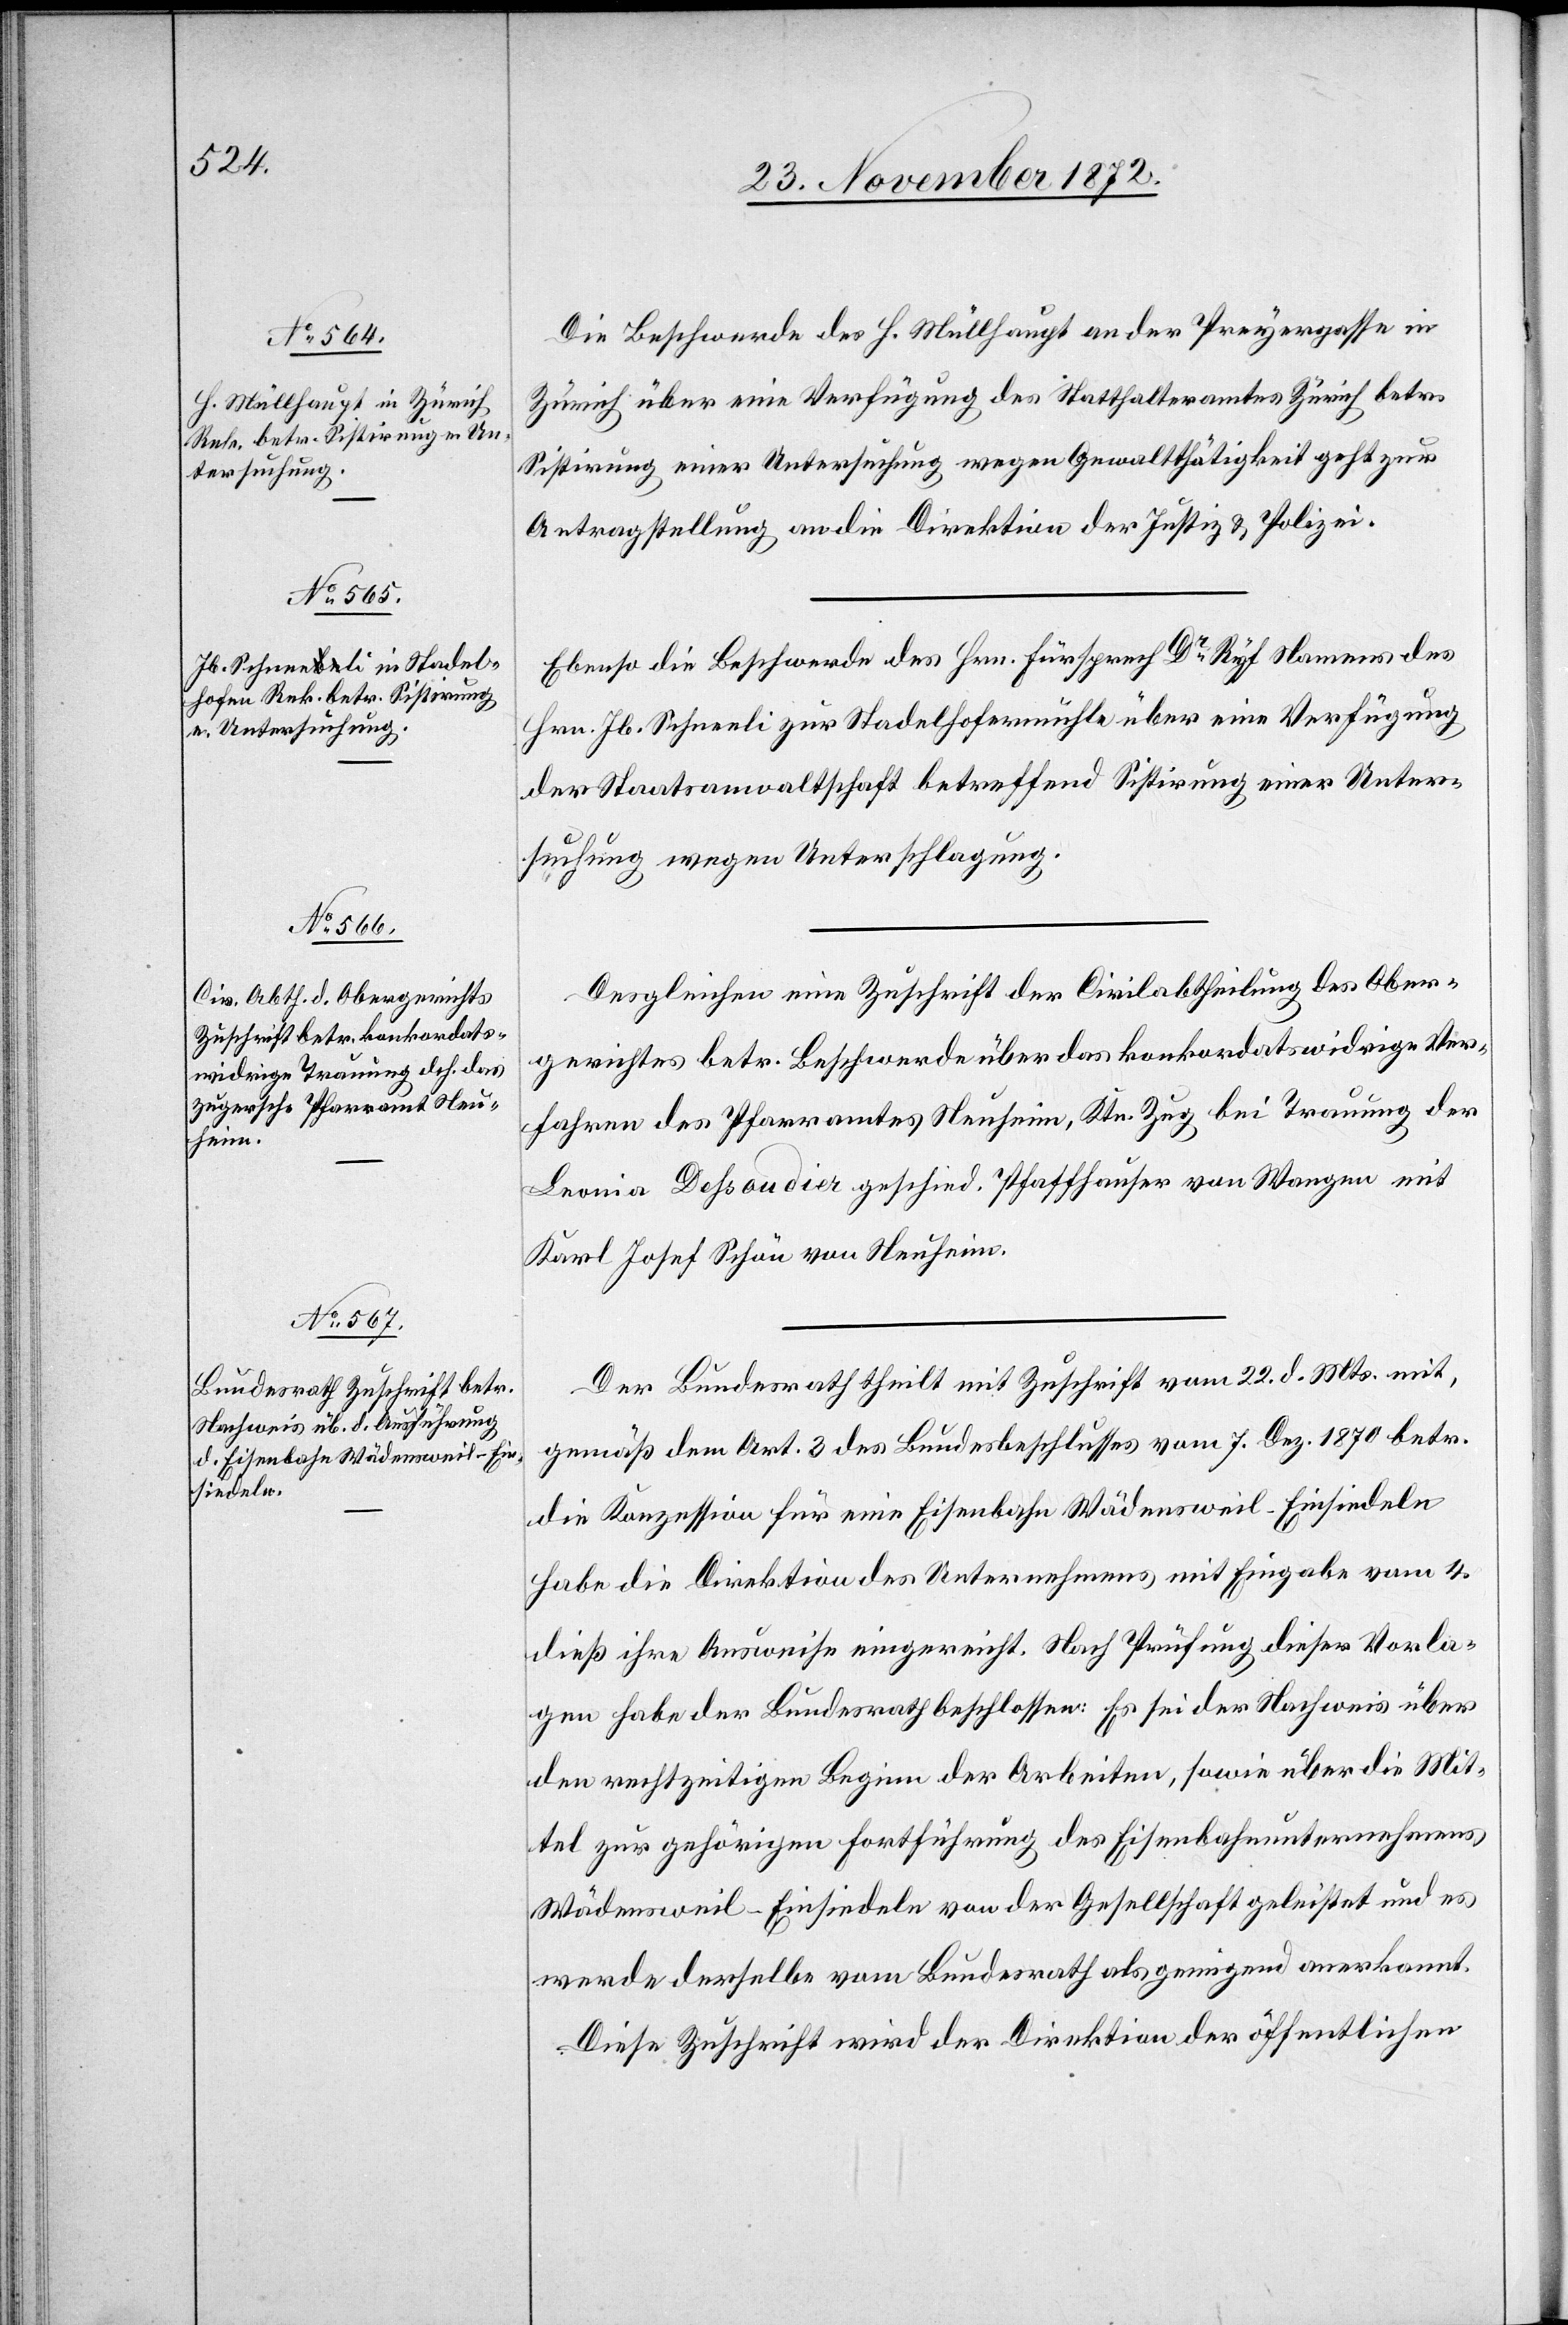
25. November 1872.]
Die Beschwerde des H. Müllhaupt an der Preyergasse in
Zürich über eine Verfügung des Statthalteramtes Zürich betr.
Sistirung einer Untersuchung wegen Gewaltthätigkeit geht zur
Antragstellung an die Direktion der Justiz u. Polizei.
Ebenso die Beschwerde des Hrn. Fürsprech Dr Ryf Namens des
Hrn. Jb. Schneeli zur Stadelhofermühle über eine Verfügung
der Staatsanwaltschaft betreffend Sistirung einer Unter¬
suchung wegen Unterschlagung.
Desgleichen eine Zuschrift der Civilabtheilung des Ober¬
gerichtes betr. Beschwerde über das konkordatswidrige Ver¬
fahren des Pfarramtes Neuheim, Ktn. Zug bei Trauung der
Leonia Dessaudier geschied. Pfaffhauser von Wangen mit
Karl Josef Schön von Neuheim.
Der Bundesrath theilt mit Zuschrift vom 22. d. Mts. mit,
gemäß dem Art. 3 des Bundesbeschlusses vom 7. Dez. 1870 betr.
die Konzession für eine Eisenbahn Wädensweil–Einsiedeln
habe die Direktion des Unternehmens mit Eingabe vom 4.
dieß ihre Ausweise eingereicht. Nach Prüfung dieser Vorla¬
gen habe der Bundesrath beschlossen: Es sei der Nachweis über
den rechtzeitigen Beginn der Arbeiten, sowie über die Mit¬
tel zur gehörigen Fortführung des Eisenbahnunternehmens
Wädensweil–Einsiedeln von der Gesellschaft geleistet und es
werde derselbe vom Bundesrath als genügend anerkannt.
Diese Zuschrift wird der Direktion der öffentlichen